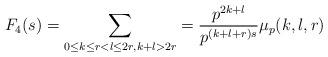
LaTeX: \begin{align*}F_4(s) = \sum_{\substack{0 \leq k \leq r < l \leq 2r, k+l > 2r}} = \frac{p^{2k+l}}{p^{(k+l+r)s}} \mu_p(k,l,r)\end{align*}